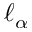
\ell _ { \alpha }